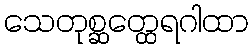
သေတုစ္ဆတ္ထေရဂါထာ